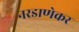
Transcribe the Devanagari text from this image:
नरडाणेकर